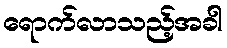
ရောက်လာသည့်အခါ